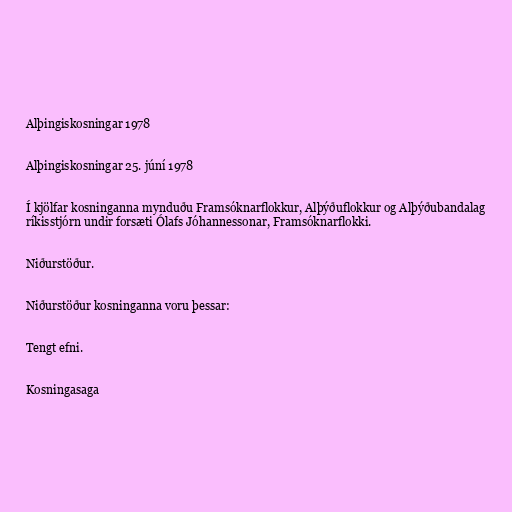
Alþingiskosningar 1978

Alþingiskosningar 25. júní 1978

Í kjölfar kosninganna mynduðu Framsóknarflokkur, Alþýðuflokkur og Alþýðubandalag
ríkisstjórn undir forsæti Ólafs Jóhannessonar, Framsóknarflokki.

Niðurstöður.

Niðurstöður kosninganna voru þessar:

Tengt efni.

Kosningasaga